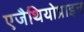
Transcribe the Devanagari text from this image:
एजैथियोप्राइन